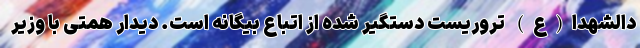
دالشهدا(ع) تروریست دستگیر شده از اتباع بیگانه است. دیدار همتی با وزیر